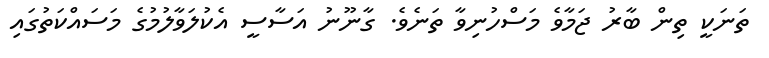
ތަނަކީ ތިން ބާރު ޖަމާވެ މަސްހުނިވާ ތަނެވެ. ގާނޫނު އަސާސީ އެކުލަވާލުމުގެ މަސައްކަތުގައި